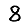
Digit: 8